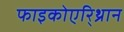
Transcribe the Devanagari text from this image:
फाइकोएरि्थ्रान